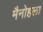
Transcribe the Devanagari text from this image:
मैनोहला